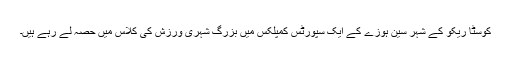
کوسٹا ریکو کے شہر سین ہوزے کے ایک سپورٹس کمپلکس میں بزرگ شہری ورزش کی کلاس میں حصہ لے رہے ہیں۔